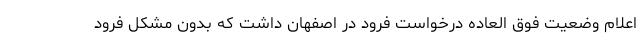
اعلام وضعیت فوق العاده درخواست فرود در اصفهان داشت که بدون مشکل فرود